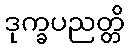
ဒုက္ခပညတ္တိ